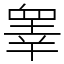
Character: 睾